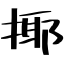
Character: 揶